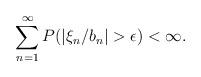
LaTeX: \begin{align*}\sum_{n=1}^\infty P(|\xi_n/b_n|>\epsilon)<\infty.\end{align*}